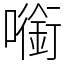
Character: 㘅